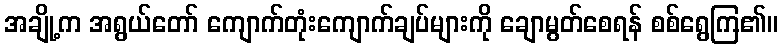
အချို့က အရွယ်တော် ကျောက်တုံးကျောက်ချပ်များကို ချောမွတ်စေရန် စစ်ရွေကြ၏။